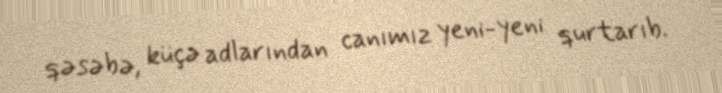
qəsəbə, küçə adlarından canımız yeni-yeni qurtarıb.